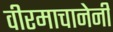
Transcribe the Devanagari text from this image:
वीरमाचानेनी